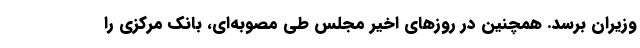
وزیران برسد. همچنین در روزهای اخیر مجلس طی مصوبه‌ای، بانک مرکزی را